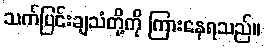
သက်ပြင်းချသံတို့ကို ကြားနေရသည်။